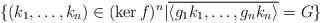
LaTeX: \begin{align*}\{ (k_{1},\dots,k_{n})\in(\ker f)^{n}|\overline{\left\langle g_{1}k_{1},\dots,g_{n}k_{n}\right\rangle }=G\} \end{align*}